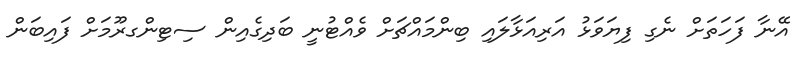
އޭނާ ފަހަތަށް ނެގި ފިޔަވަޅު އަރިއަޅާލައި ބިންމައްޗަށް ވެއްޓުނީ ބަދިގެއިން ސިޓިންގރޫމަށް ފައިބަން